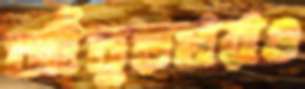
আঁতুড়ঘরও